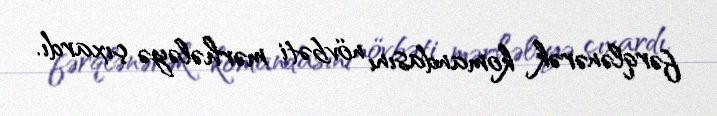
fərqlənərək komandasını növbəti mərhələyə çıxardı.